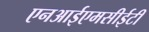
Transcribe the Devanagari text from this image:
एनआईएमसीईटी